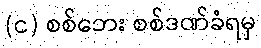
(င) စစ်ဘေး စစ်ဒဏ်ခံရမှ